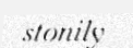
stonily